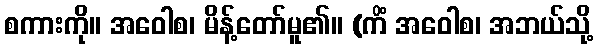
စကားကို။ အဝေါစ၊ မိန့်တော်မူ၏။ (ကိံ အဝေါစ၊ အဘယ်သို့